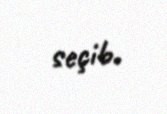
seçib.